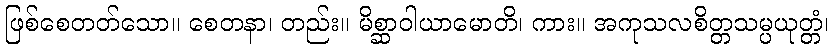
ဖြစ်စေတတ်သော။ စေတနာ၊ တည်း။ မိစ္ဆာဝါယာမောတိ၊ ကား။ အကုသလစိတ္တသမ္ပယုတ္တံ၊